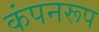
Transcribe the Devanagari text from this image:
कंपनरूप